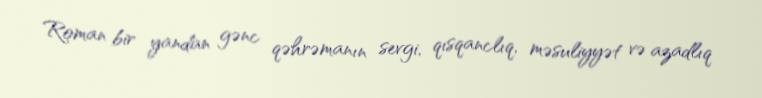
Roman bir yandan gənc qəhrəmanın sevgi, qısqanclıq, məsuliyyət və azadlıq